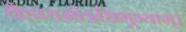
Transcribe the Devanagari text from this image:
वैहायसोऽधिभूम्याम्।